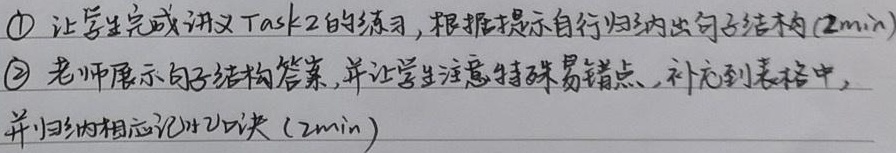
\textcircled{1} 让学生完成讲义 Task2 的练习，根据提示自行归纳出句子结构 (2min)
\textcircled{2} 老师展示句子结构答案，并让学生注意特殊易错点，补充到表格中，并归纳相应记忆口诀 (2min)